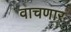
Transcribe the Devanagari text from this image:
वाचणार